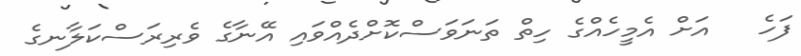
ފަހެ   އަށް އެމީހެއްގެ ހިތް ތަނަވަސްކޮށްދެއްވައި އޭނާގެ ވެރިރަސްކަލާނގެ